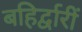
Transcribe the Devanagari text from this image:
बहिर्द्वारीं